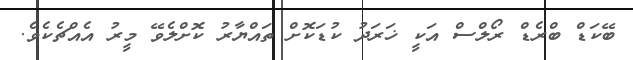
ބޭކަޑް ބްރެޑް ރޯލްސް އަކީ ޚަރަދު ކުޑަކޮށް ތައްޔާރު ކޮށްލެވޭ މީރު އެއްޗެކެވެ.